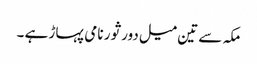
مکہ سے تین میل دور ثور نامی پہاڑ ہے ۔